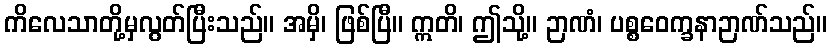
ကိလေသာတို့မှလွတ်ပြီးသည်။ အမှိ၊ ဖြစ်ပြီ။ ဣတိ၊ ဤသို့။ ဉာဏံ၊ ပစ္စဝေက္ခနာဉာဏ်သည်။